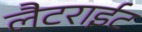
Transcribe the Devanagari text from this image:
लैटराईट